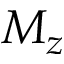
M _ { z }